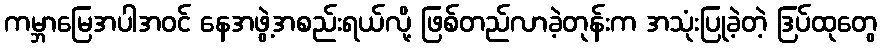
ကမ္ဘာမြေအပါအဝင် နေအဖွဲ့အစည်းရယ်လို့ ဖြစ်တည်လာခဲ့တုန်းက အသုံးပြုခဲ့တဲ့ ဒြပ်ထုတွေ